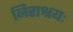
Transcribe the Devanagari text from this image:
निराश्रयः